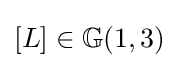
[L]\in \mathbb {G} (1,3)